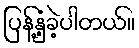
ပြန့်နှံ့ခဲ့ပါတယ်။